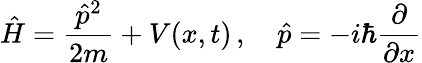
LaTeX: {\hat{H}}={\frac{{\hat{p}}^{2}}{2m}}+V(x,t)\, ,\quad{\hat{p}}=-i\hbar{\frac{\partial}{\partial x}}